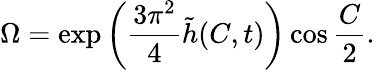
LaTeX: \Omega=\exp\left(\frac{3\pi^{2}}{4}\tilde{h}(C,t)\right)\cos\frac{C}{2}.